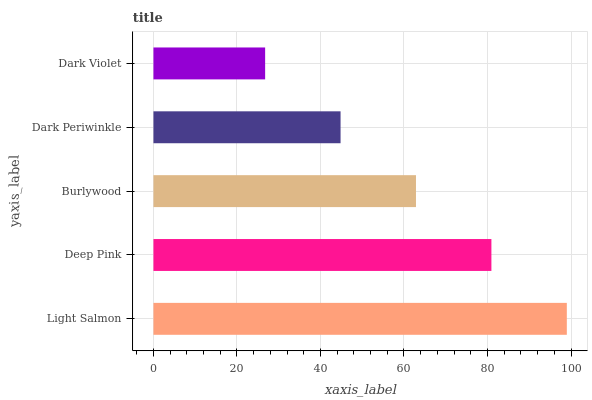
| yaxis_label | bars |
 | --- | --- |
 | Light Salmon | 99 |
 | Deep Pink | 80.9 |
 | Burlywood | 62.9 |
 | Dark Periwinkle | 44.8 |
 | Dark Violet | 26.7 |